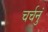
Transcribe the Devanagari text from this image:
चर्चनुं